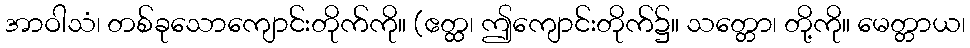
အာဝါသံ၊ တစ်ခုသောကျောင်းတိုက်ကို။ (ဧတ္ထ၊ ဤကျောင်းတိုက်၌။ သတ္တော၊ တို့ကို။ မေတ္တာယ၊